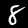
Digit: 8